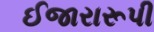
ઈજારારૂપી